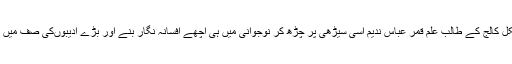
1963میں ڈاؤ میڈیکل کالج کے طالب علم قمر عباس ندیم اسی سیڑھی پر چڑھ کر نوجوانی میں ہی اچھے افسانہ نگار بنے اور بڑے ادیبوںکی صف میں پہچانے جانے لگے۔